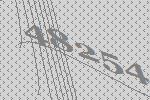
48254